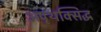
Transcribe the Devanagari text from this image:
अपृथक्सिद्ध